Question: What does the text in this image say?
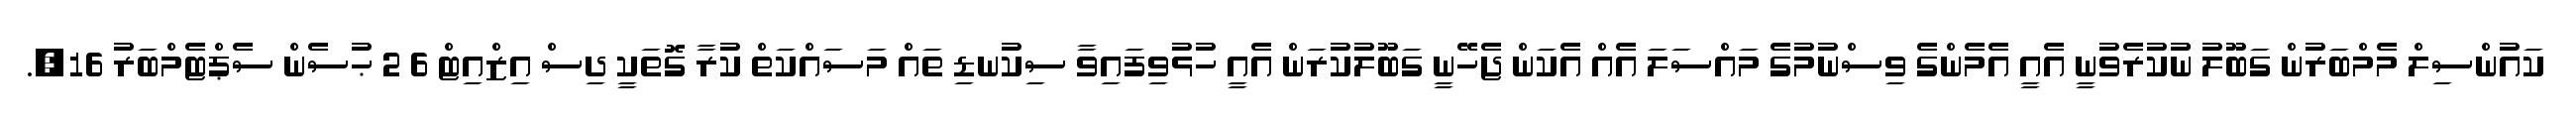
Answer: ކައުންސިލް މެމްބަރުން ގަބޫލު ނުުކުރެވުނީ އެއީ އެމެންގެ ވިސްނުމުގެ މައްސަލަ އެއް އެކަން ޖެހޭނީ ގަބޫލުކުރަން އެއީ ހުޅުވިފައިވާ ސިކުނޑި ތައް މަސައްކަތް ކުރާ ގޮތަކީ ދިސް އިޒްއިޓް 6 2 ޙުސެން ސެޕްޓެމްބަރު 16,.